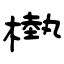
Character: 槸